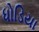
ધોડિયા